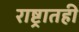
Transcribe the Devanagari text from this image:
राष्ट्रातही